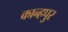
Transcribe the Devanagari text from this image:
कान्हपुर